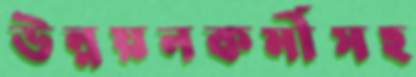
উন্নয়নকর্মীসহ